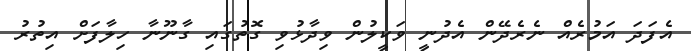
އެފަދަ އަމުރެއް ނެރެދޭން އެދުނީ ވަކީލުން ވިދާޅުވި ގޮތުގައި ގާނޫނާ ހިލާފަށް އިތުރު